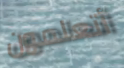
أتعلمون